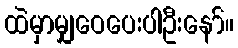
ထဲမှာမျှဝေပေးပါဦးနော်။